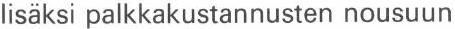
lisäksi palkkakustannusten nousuun